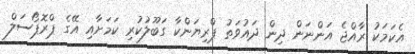
އެކަމަކު ރާއްޖެ އަންނަން ދިން ދައުވަތު ޕްރިޔަންކާ ގަބޫލުކުރި ކަމަށާއި އޭގެ ޕްރޮޕޯސަލް